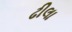
ઢીલા